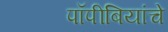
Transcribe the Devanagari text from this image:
पॉपीबियांचे